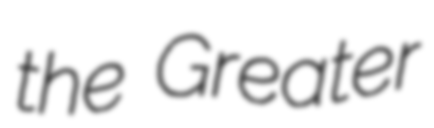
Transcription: the Greater